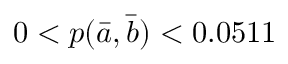
0 < p ( \bar { a } , \bar { b } ) < 0 . 0 5 1 1